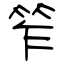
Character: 笮